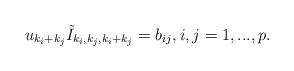
LaTeX: \begin{align*} u_{k_i + k_j} \tilde I_{k_i, k_j, k_i+ k_j} = b_{ij}, i, j=1,..., p.\end{align*}